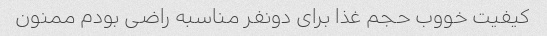
کیفیت خووب حجم غذا برای دونفر مناسبه راضی بودم ممنون